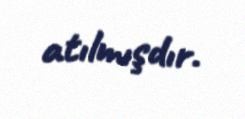
atılmışdır.